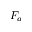
F _ { a }